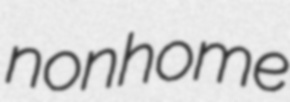
nonhome